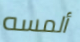
ألمسه